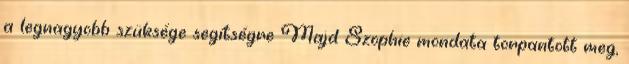
a legnagyobb szüksége segítségre Majd Szophie mondata torpantott meg,